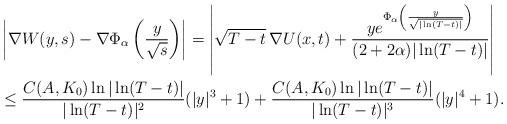
LaTeX: \begin{align*}&\left|\nabla W(y,s) - \nabla \Phi_\alpha\left(\frac {y}{\sqrt s}\right)\right| = \left|\sqrt {T-t} \,\nabla U(x,t) + \frac{ye^{\Phi_\alpha\left(\frac{y}{\sqrt {|\ln (T-t)|}}\right)}}{(2 + 2\alpha) |\ln (T-t)|}\right|\\&\leq \frac{C(A, K_0)\ln |\ln (T-t)|}{|\ln (T-t)|^2}(|y|^3 + 1) + \frac{C(A, K_0) \ln |\ln (T-t)|}{|\ln (T-t)|^3}(|y|^4 + 1).\end{align*}